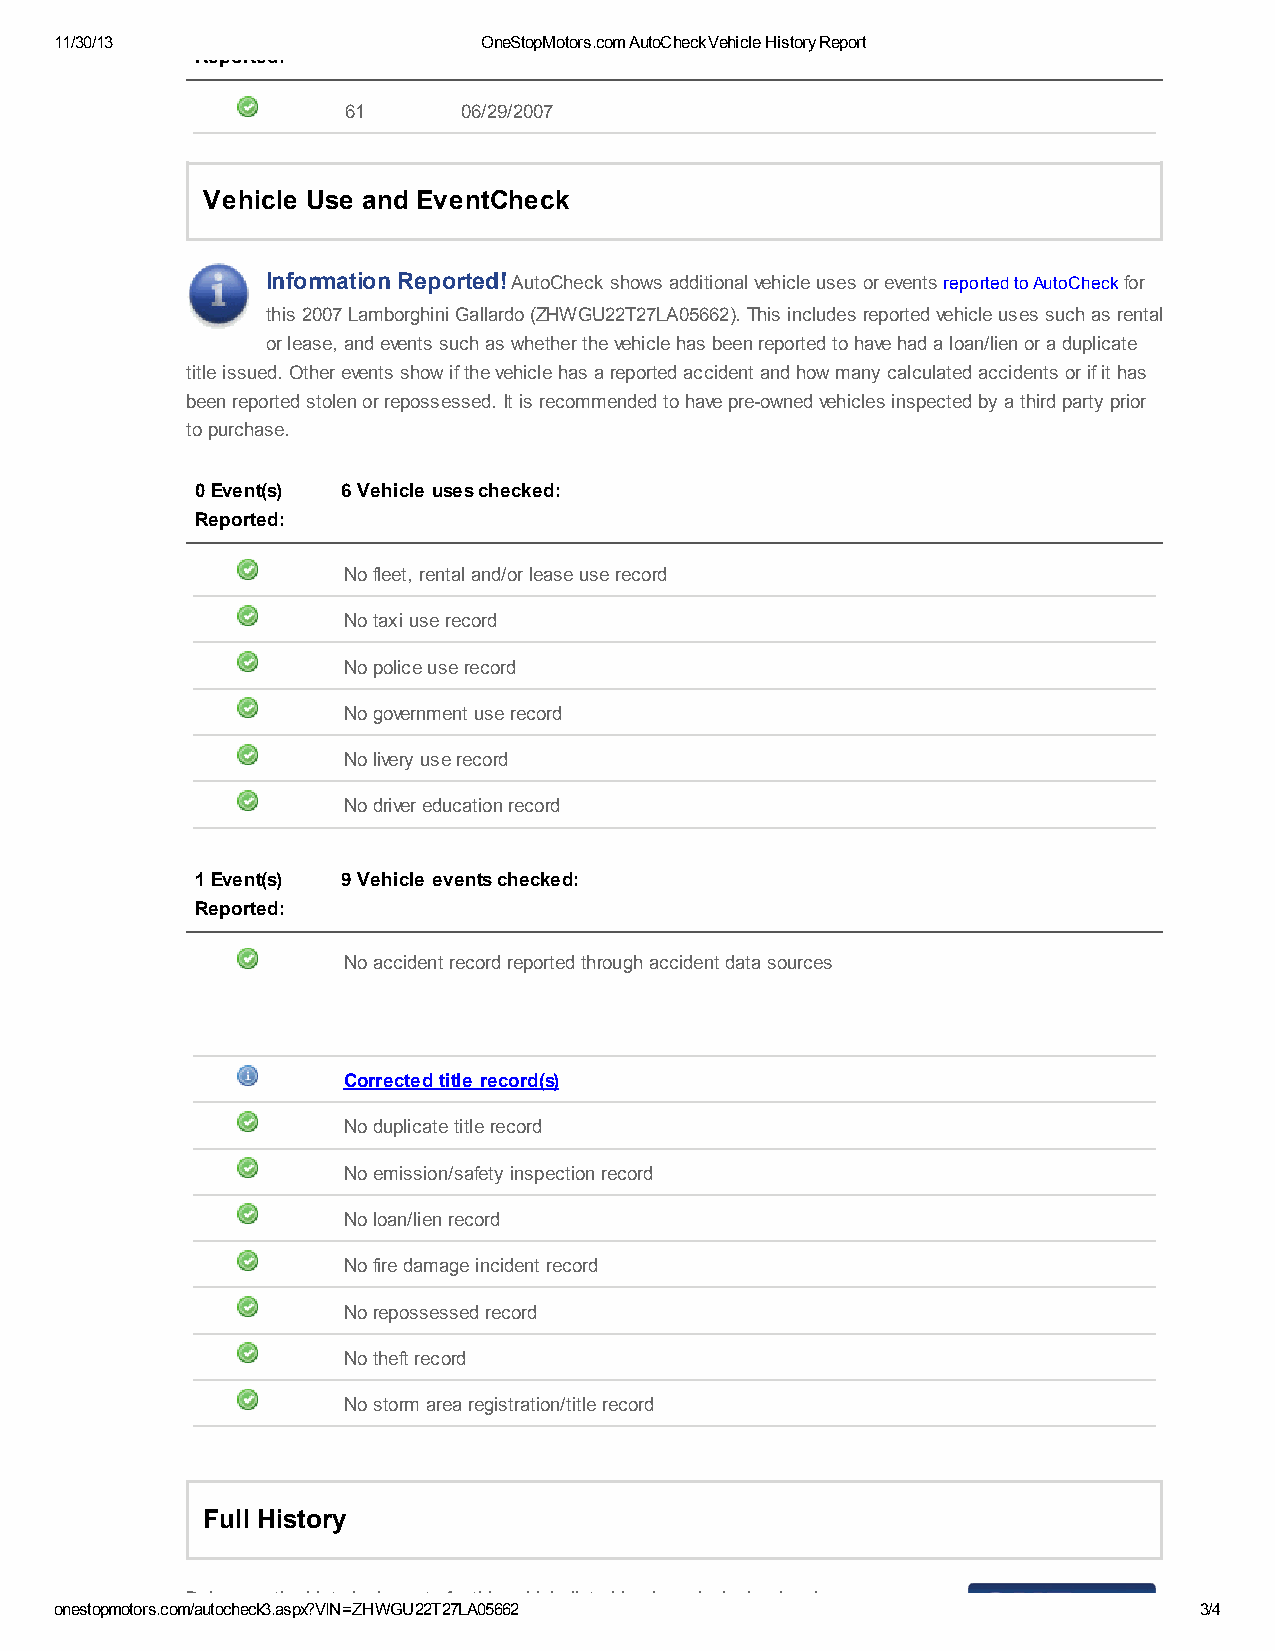
11/30/13                    OneStopMotors.com AutoCheck Vehicle History Report
 Reported:
 61      06/29/2007
 Vehicle Use and EventCheck
 Information Reported! AutoCheck shows additional vehicle uses or events reported to AutoCheck for
 this 2007 Lamborghini Gallardo (ZHWGU22T27LA05662). This includes reported vehicle uses such as rental
 or lease, and events such as whether the vehicle has been reported to have had a loan/lien or a duplicate
 title issued. Other events show if the vehicle has a reported accident and how many calculated accidents or if it has
 been reported stolen or repossessed. It is recommended to have pre-owned vehicles inspected by a third party prior
 to purchase.
 0 Event(s) 6 Vehicle uses checked:
 Reported:
 No fleet, rental and/or lease use record
 No taxi use record
 No police use record
 No government use record
 No livery use record
 No driver education record
 1 Event(s) 9 Vehicle events checked:
 Reported:
 No accident record reported through accident data sources
 Corrected title record(s)
 No duplicate title record
 No emission/safety inspection record
 No loan/lien record
 No fire damage incident record
 No repossessed record
 No theft record
 No storm area registration/title record
 Full History
 Below are the historical events for this vehicle listed in chronological order. Any
 onestopmotors.com/autocheck3.aspx?VIN=ZHWGU22T27LA05662                    3/4